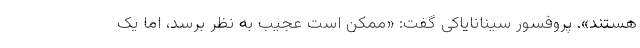
هستند». پروفسور سینانایاکی گفت: «ممکن است عجیب به نظر برسد، اما یک